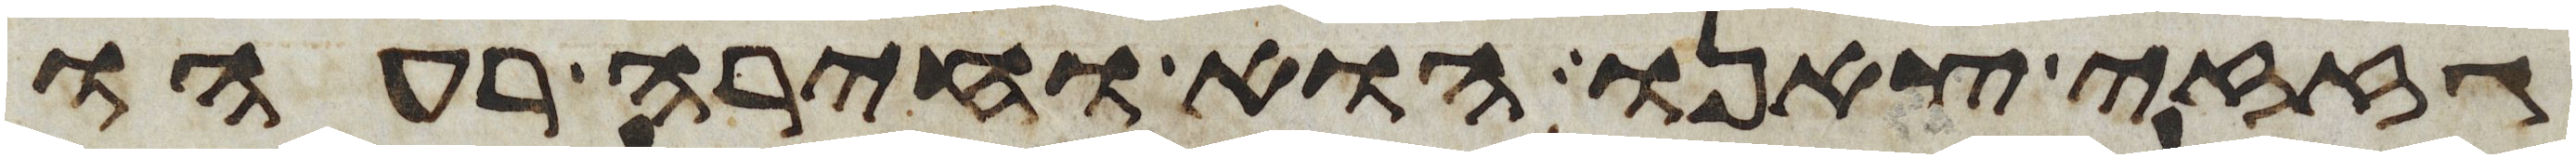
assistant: גזזי צאנו הוא וחירה רעהו